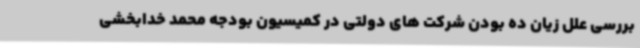
بررسی علل زیان ده بودن شرکت های دولتی در کمیسیون بودجه محمد خدابخشی